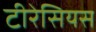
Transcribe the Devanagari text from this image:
टीरेसियस